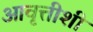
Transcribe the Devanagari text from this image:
आवृत्तीशी